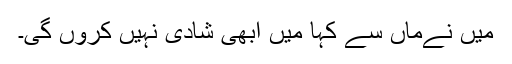
میں نےماں سے کہا میں ابھی شادی نہیں کروں گی۔